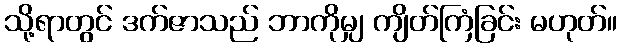
သို့ရာတွင် ဒက်ဇာသည် ဘာကိုမျှ ကျိတ်ကြံခြင်း မဟုတ်။